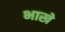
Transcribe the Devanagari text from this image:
भाखे